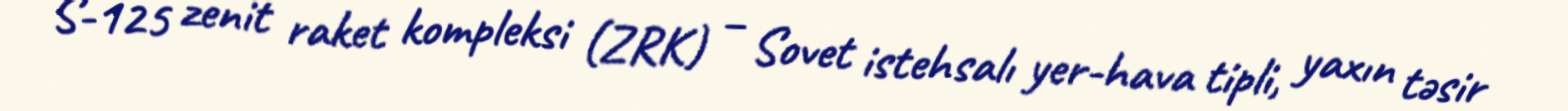
S-125 zenit raket kompleksi (ZRK) – Sovet istehsalı yer-hava tipli, yaxın təsir